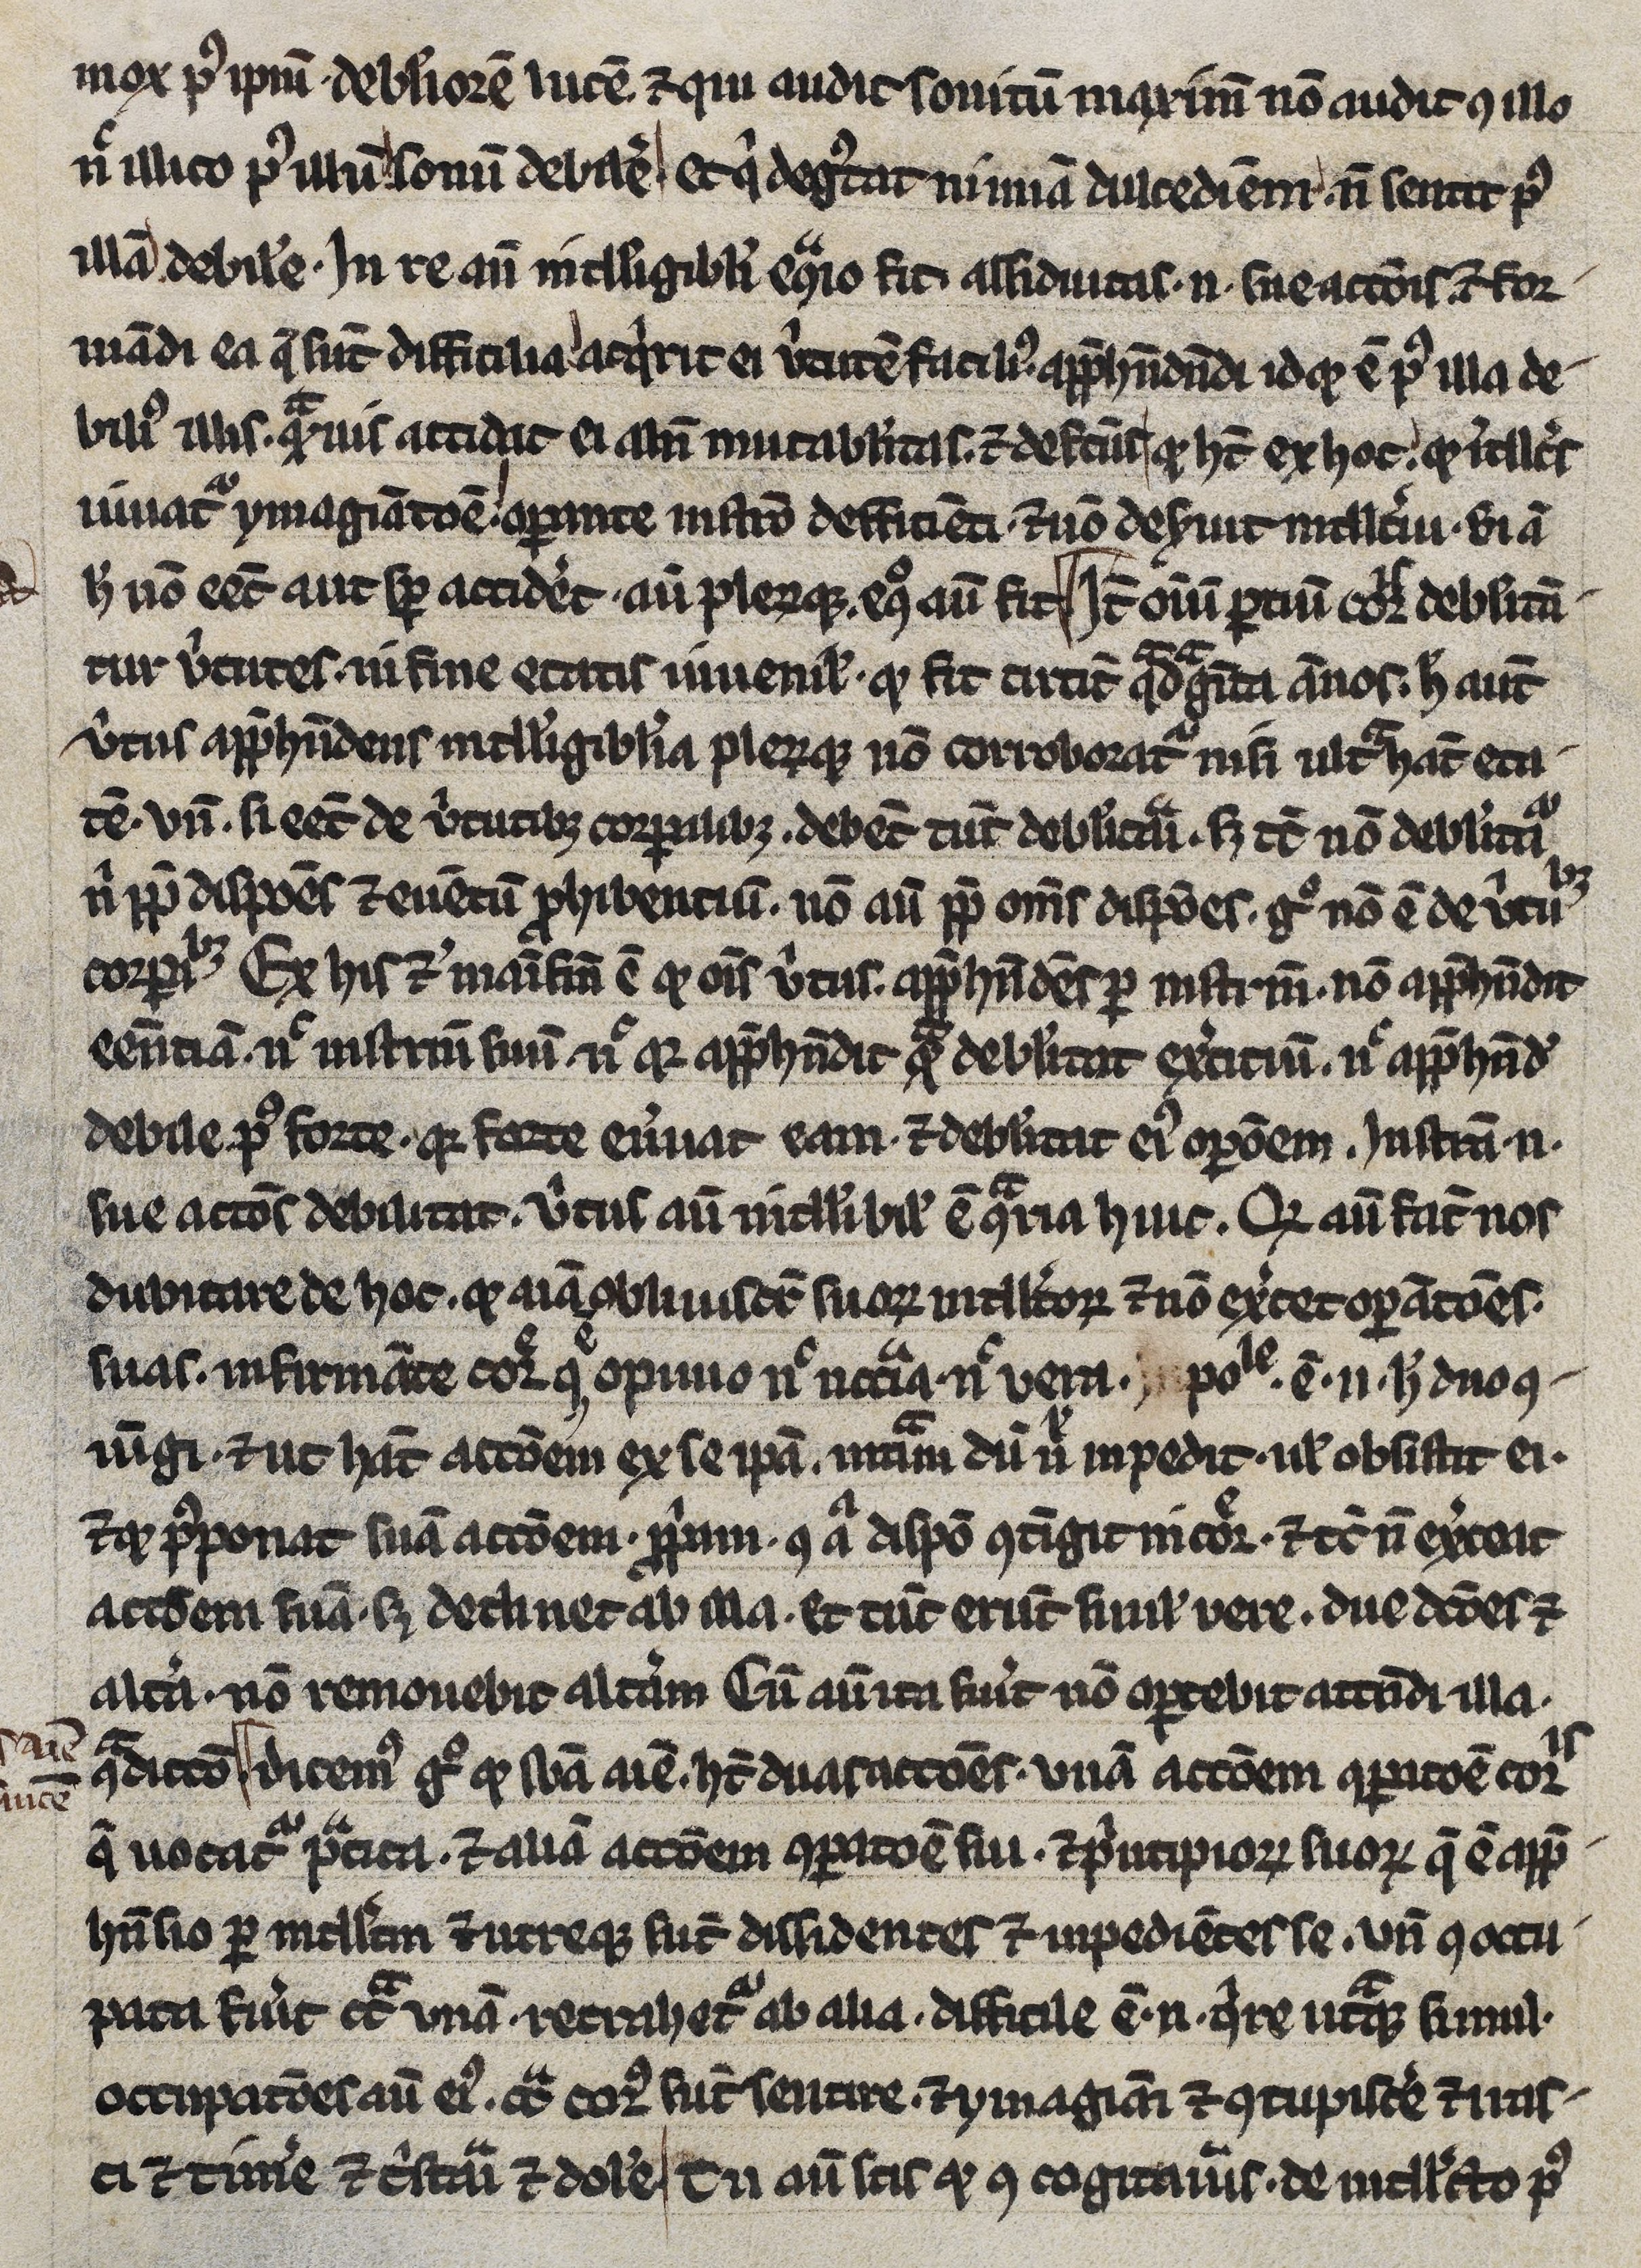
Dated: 1245–1255